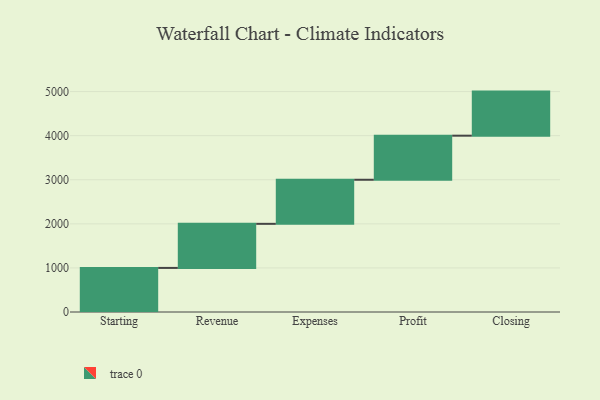
{"axis": {"x": "Step", "y": "Value"}, "legend": [""], "data": [{"x": "Starting", "y": 1000, "type": ""}, {"x": "Revenue", "y": 1000, "type": ""}, {"x": "Expenses", "y": 1000, "type": ""}, {"x": "Profit", "y": 1000, "type": ""}, {"x": "Closing", "y": 1000, "type": ""}]}